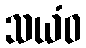
သယံဝ